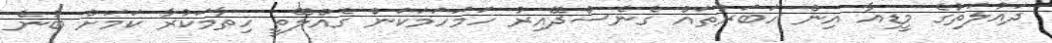
ދައުލަތުގެ މީޑިއާ އިން ހަބަރުތައް ގެނެސްދޭއިރު ހަމަހަމަކަން ގެއްލޭތީ ހިތާމަކުރާ ކަމަށް ބުނެ